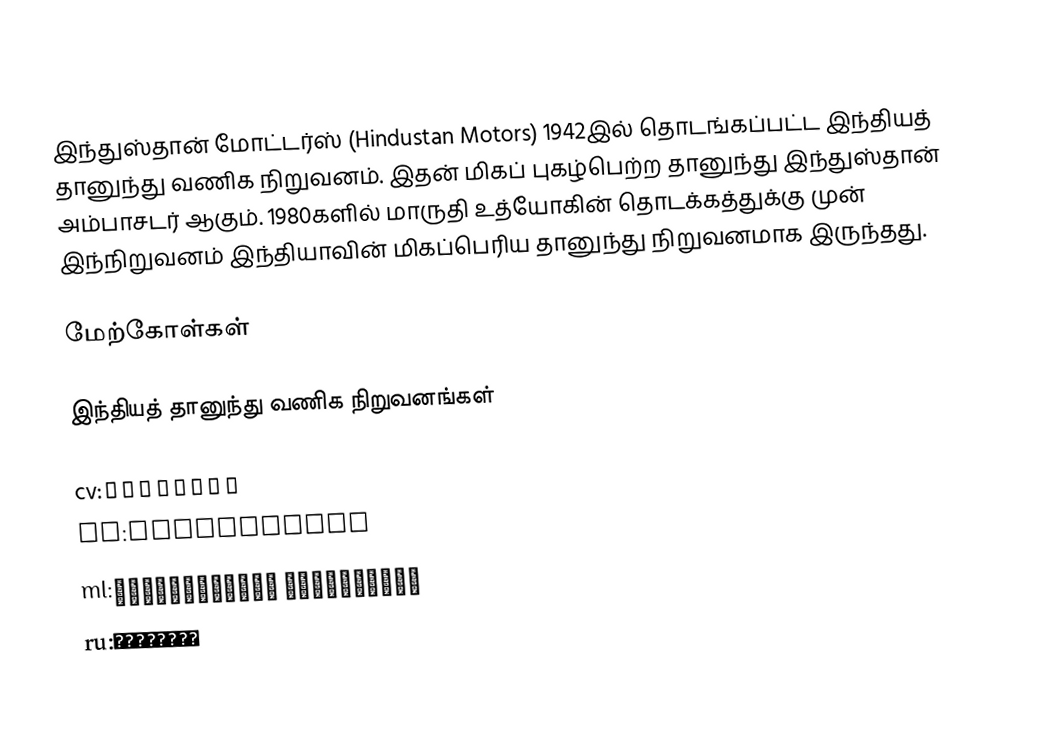
இந்துஸ்தான் மோட்டர்ஸ் (Hindustan Motors) 1942இல் தொடங்கப்பட்ட இந்தியத் தானுந்து வணிக நிறுவனம். இதன் மிகப் புகழ்பெற்ற தானுந்து இந்துஸ்தான் அம்பாசடர் ஆகும். 1980களில் மாருதி உத்யோகின் தொடக்கத்துக்கு முன் இந்நிறுவனம் இந்தியாவின் மிகப்பெரிய தானுந்து நிறுவனமாக இருந்தது.

மேற்கோள்கள்

இந்தியத் தானுந்து வணிக நிறுவனங்கள்

cv:Индостан
hi:हिन्दुस्तान
ml:ഹിന്ദുസ്ഥാന് മോട്ടോഴ്സ്
ru:Индостан